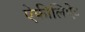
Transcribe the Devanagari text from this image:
ऐफीलिऐट